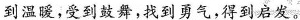
到温暖，受到舞，找到勇气，得到启发。